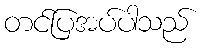
တင်ပြအပ်ပါသည်